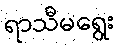
ရာသီမရွေး